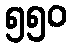
၅၅၀